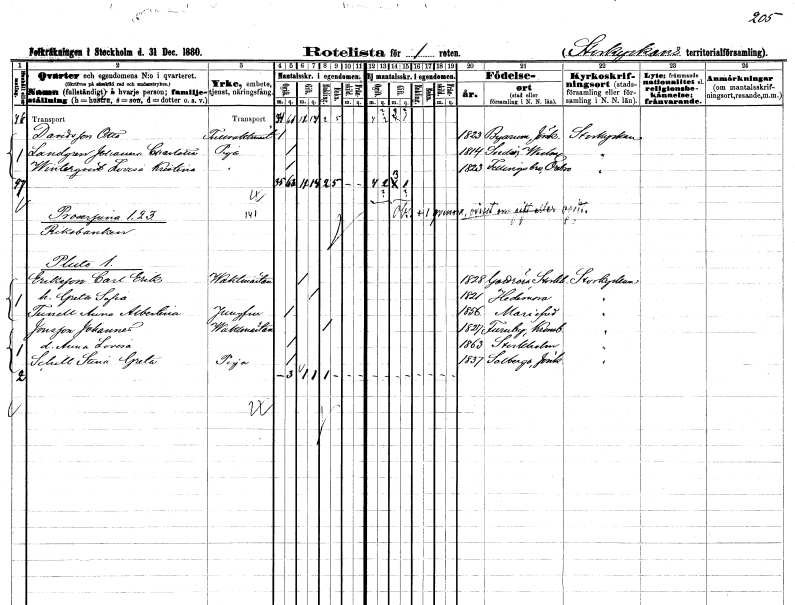
gt_parse: households: individuals: FN: Otto
EN: Davidsson
YRKE: Tullvaktmästare
KON: M
CIV: O
FODAR: 1823
FODFORS: Byarum Jönköpings län
FN: Johanna Charlotta
EN: Landgren
YRKE: Piga
KON: K
CIV: O
FODAR: 1814
FODFORS: Svedvi Västmanlands län
FN: Lovisa Kristina
EN: Winterqvist
YRKE: Piga
KON: K
CIV: O
FODAR: 1823
FODFORS: Fellingsbro Örebro län
FN: Carl Erik
EN: Eriksson
YRKE: Vaktmästare
KON: M
CIV: G
FODAR: 1828
FODFORS: Gottröra Stockholms län
FN: Greta Sofia
KON: K
CIV: G
FODAR: 1821
FODFORS: Hedemora Kopparbergs län
FN: Anna Albertina
EN: Tunell
YRKE: Jungfru
KON: K
CIV: O
FODAR: 1856
FODFORS: Mariefred Södermanlands län
FN: Johannes
EN: Jonsson
YRKE: Vaktmästare
KON: M
CIV: E
FODAR: 1827
FODFORS: Furuby Kronobergs län
FN: Anna Lovisa
KON: K
CIV: O
FODAR: 1863
FODFORS: Stockholm
FN: Stina Greta
EN: Schill
YRKE: Piga
KON: K
CIV: O
FODAR: 1837
FODFORS: Solberga Jönköpings län